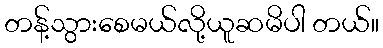
တန့်သွားစေမယ်လို့ယူဆမိပါ တယ်။